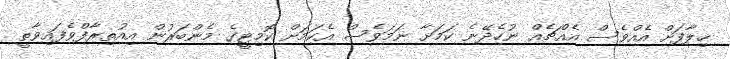
ޚިލާފަށް އެއްވެސް އެއްޗެއް ނުހެދޭނެ ކަމަށާ ނަމަވެސް އެކަމަށް ކޮމިޓީގެ މެންބަރުން އިއުތިރާފްވެފައިވާތީ